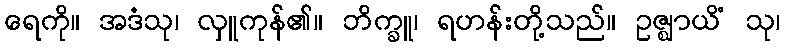
ရေကို။ အဒံသု၊ လှူကုန်၏။ ဘိက္ခူ၊ ရဟန်းတို့သည်။ ဥဇ္ဈာယိံ သု၊